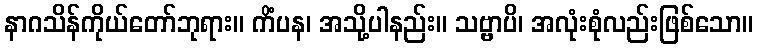
နာဂသိန်ကိုယ်တော်ဘုရား။ ကိံပန၊ အသို့ပါနည်း။ သဗ္ဗာပိ၊ အလုံးစုံလည်းဖြစ်သော။